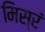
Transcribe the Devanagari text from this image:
मिस्रं